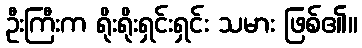
ဦးကြီးက ရိုးရိုးရှင်းရှင်း သမား ဖြစ်၏။